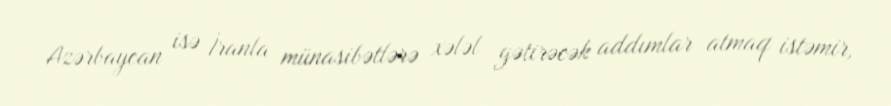
Azərbaycan isə İranla münasibətlərə xələl gətirəcək addımlar atmaq istəmir,